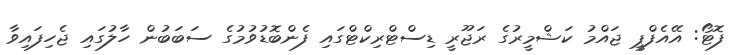
ފޮޓޯ: އޭއެފްޕީ ޖައްމު ކަޝްމީރުގެ ރަޖޫރީ ޑިސްޓްރިކްޓްގައި ފެންބޮޑުވުމުގެ ސަބަބުން ހާލުގައި ޖެހިފައިވާ